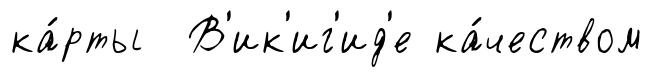
ка́рты В'ик'иг'ид'е ка́чеством